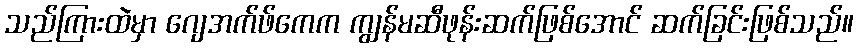
သည်ကြားထဲမှာ ဂျေအက်ဖ်ကေက ကျွန်မဆီဖုန်းဆက်ဖြစ်အောင် ဆက်ခြင်းဖြစ်သည်။